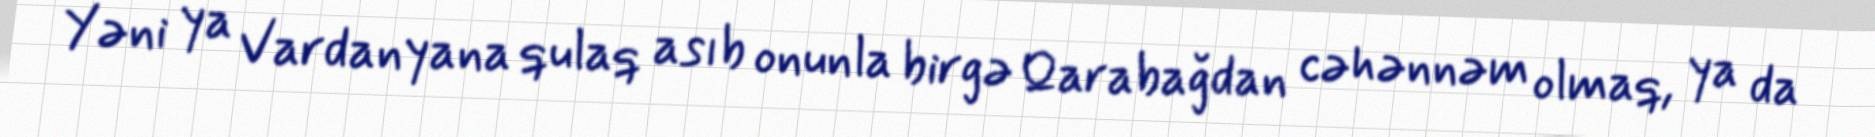
Yəni ya Vardanyana qulaq asıb onunla birgə Qarabağdan cəhənnəm olmaq, ya da